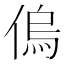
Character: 𠌥